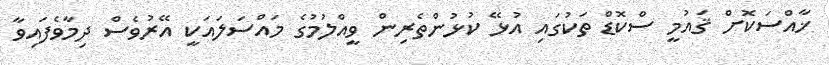
ޚާއްސަކޮށް ޤައުމީ ސްކޮޑް ތަކުގައި އުޅޭ ކުޅުންތެރިން ވީއްލުމުގެ މައްސަލައަކީ އޭރުވެސް ދިމާވެފައިވާ